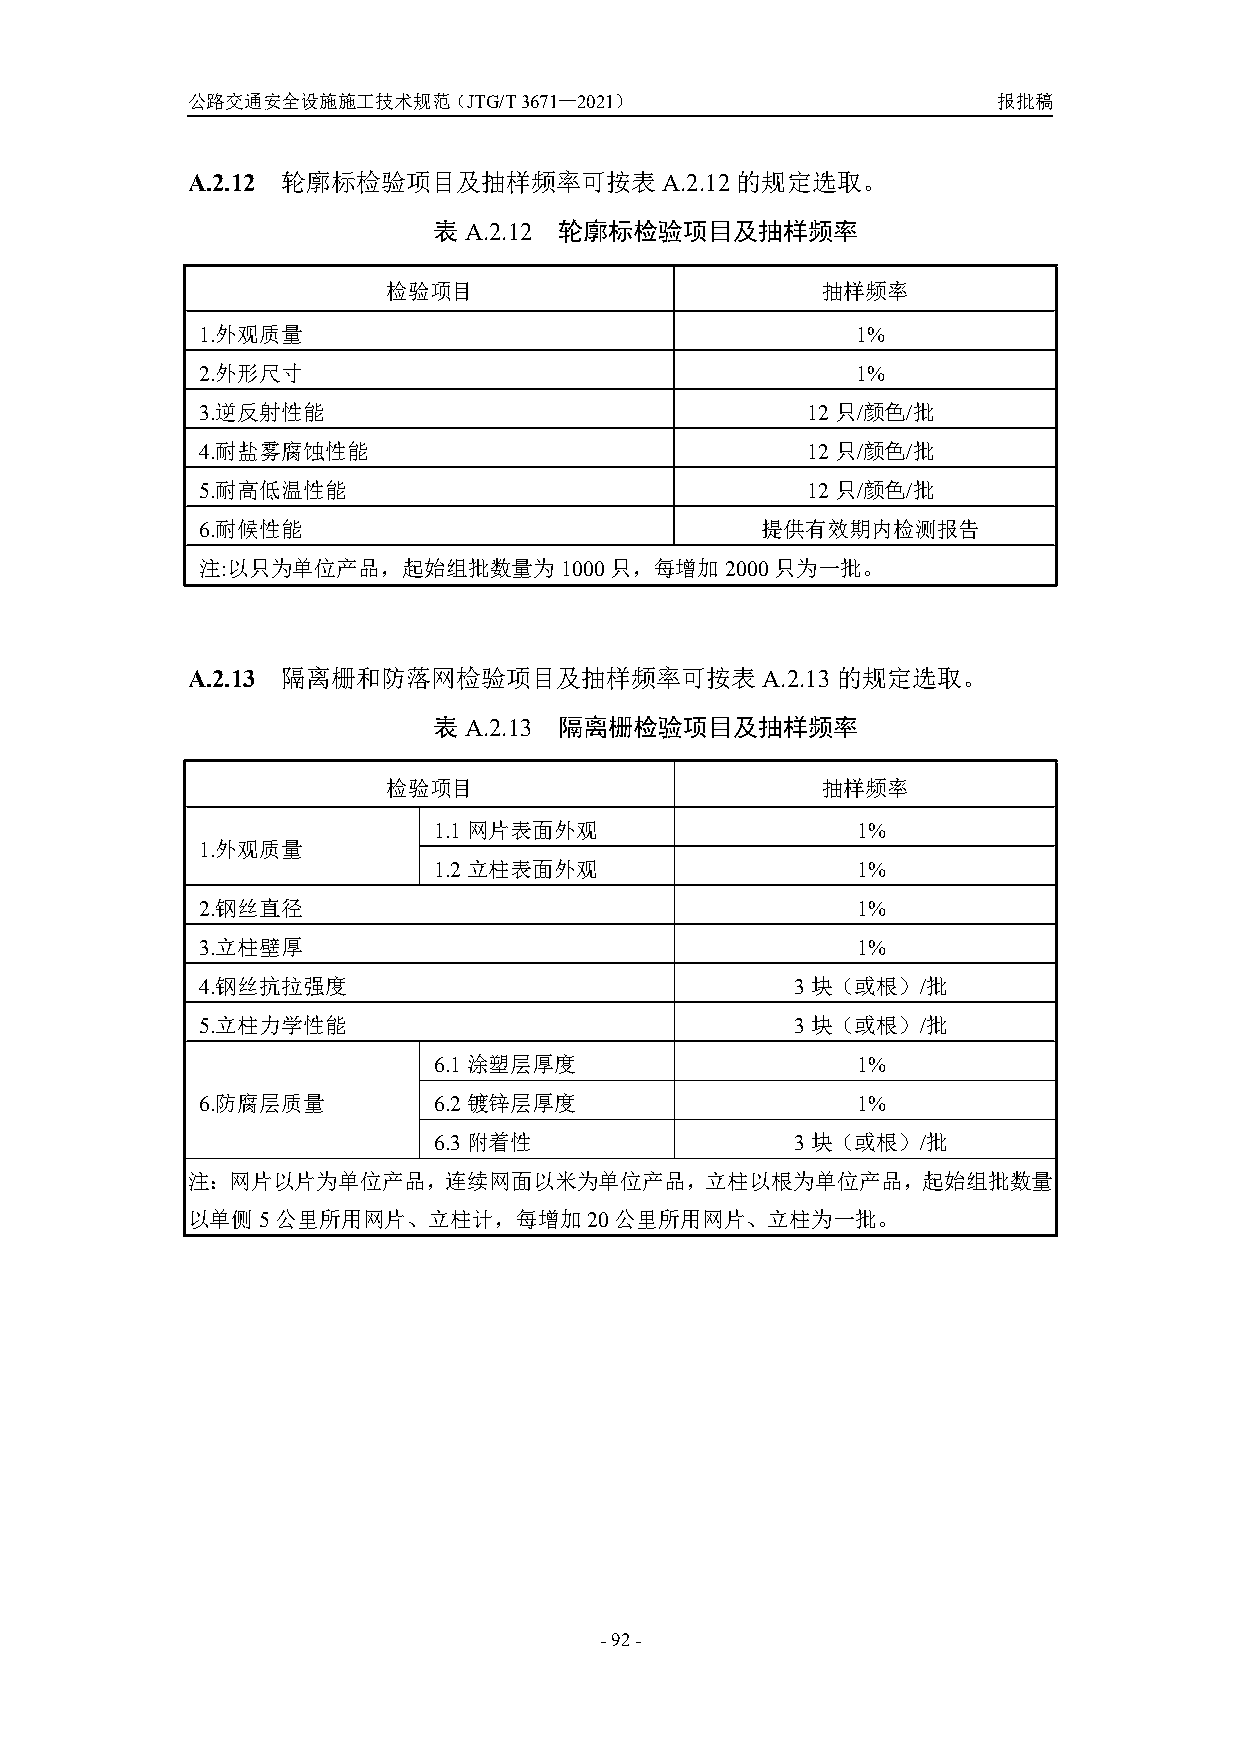
公路交通安全设施施工技术规范（JTG/T3671—2021）                        报批稿
 A.2.12 轮廓标检验项目及抽样频率可按表A.2.12         的规定选取。
 表A.2.12 轮廓标检验项目及抽样频率
 检验项目                        抽样频率
 1.外观质量                                      1%
 2.外形尺寸                                      1%
 3.逆反射性能                                 12只/颜色/批
 4.耐盐雾腐蚀性能                               12只/颜色/批
 5.耐高低温性能                                12只/颜色/批
 6.耐候性能                               提供有效期内检测报告
 注:以只为单位产品，起始组批数量为1000只，每增加2000只为一批。
 A.2.13 隔离栅和防落网检验项目及抽样频率可按表A.2.13           的规定选取。
 表A.2.13 隔离栅检验项目及抽样频率
 检验项目                        抽样频率
 1.1网片表面外观                   1%
 1.外观质量
 1.2立柱表面外观                   1%
 2.钢丝直径                                      1%
 3.立柱壁厚                                      1%
 4.钢丝抗拉强度                                3块（或根）/批
 5.立柱力学性能                                3块（或根）/批
 6.1涂塑层厚度                    1%
 6.防腐层质量         6.2镀锌层厚度                    1%
 6.3附着性                  3块（或根）/批
 注：网片以片为单位产品，连续网面以米为单位产品，立柱以根为单位产品，起始组批数量
 以单侧5公里所用网片、立柱计，每增加20公里所用网片、立柱为一批。
 -92-